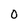
Character: 0